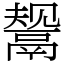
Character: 鬶